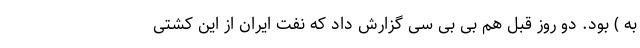
به ) بود. دو روز قبل هم بی بی سی گزارش داد که نفت ایران از این کشتی